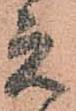
元